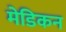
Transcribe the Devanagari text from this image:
मेडिकन